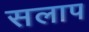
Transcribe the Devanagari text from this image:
सलाप